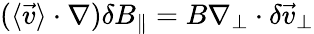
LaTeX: (\langle\vec{v}\rangle\cdot\nabla)\delta B_{\| }=B\nabla_{\perp}\cdot\delta\vec{v}_{\perp}